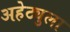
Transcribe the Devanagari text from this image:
अहेट्युला